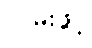
လမ်းဖွင့်